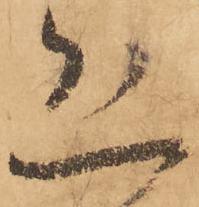
恐